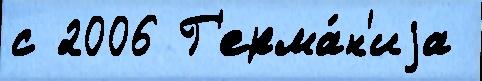
с 2006 Г'ерма́н'иjа